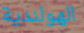
الهولندية